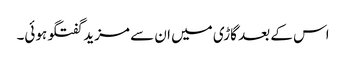
اس کے بعد گاڑی میں ان سے مزید گفتگو ہوئی۔